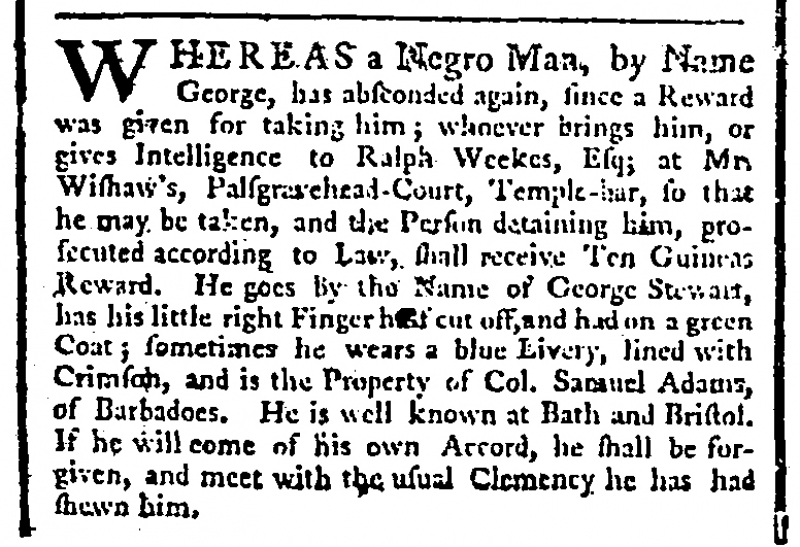
St. James's Chronicle or the British Evening Post, 13 March 1762 (England)
WHEREAS a Negro Man, by Name George, has absconded again, since a Reward was given for taking him; whoever brings him, or gives Intelligence to Ralph Weekes, Esq; at Mr. Wishaw’s, Palsgravehead-Court, Temple-bar, so that he may be taken, and the Person detaining him, prosecuted according to Law, shall receive Ten Guineas Reward. He goes by the Name of George Stewart, has his little right Finger half cut off, and had on a green Coat; sometimes he wears a blue Livery, lined with Crimson, and is the Property of Col. Samuel Adams, of Barbadoes. He is well known at Bath and Bristol. If he will come of his own Accord, he shall be forgiven, and meet with the usual Clemency he has had shewn him.